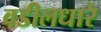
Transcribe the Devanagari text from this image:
वडीलधारे